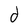
Character: d